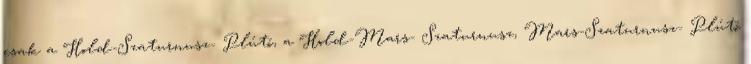
csak a Hold-Szaturnusz- Plútó, a Hold-Mars- Szaturnusz, Mars-Szaturnusz- Plútó